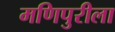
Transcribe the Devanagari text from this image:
मणिपुरीला